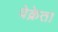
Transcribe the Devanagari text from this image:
वेक्रेता